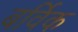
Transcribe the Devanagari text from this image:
बर्विक